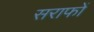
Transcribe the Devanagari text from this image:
सराफों